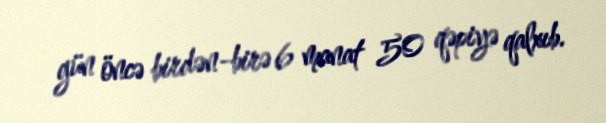
gün öncə birdən-birə 6 manat 50 qəpiyə qalxıb.